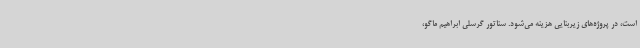
است، در پروژه‌های زیربنایی هزینه می‌شود. سناتور گرسلی ابراهیم ماگو،